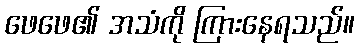
ဖေဖေ၏ အသံကို ကြားနေရသည်။